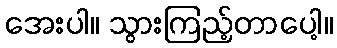
အေးပါ။ သွားကြည့်တာပေါ့။